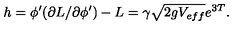
h = \phi ^ { \prime } ( \partial L / \partial \phi ^ { \prime } ) - L = \gamma \sqrt { 2 g V _ { e f f } } e ^ { 3 T } .